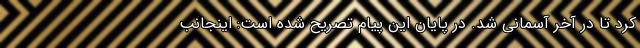
کرد تا در آخر آسمانی شد. در پایان این پیام تصریح شده است: اینجانب